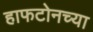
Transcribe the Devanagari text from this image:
हाफटोनच्या